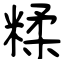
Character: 糅